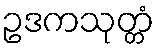
ဥဒကသုတ္တံ